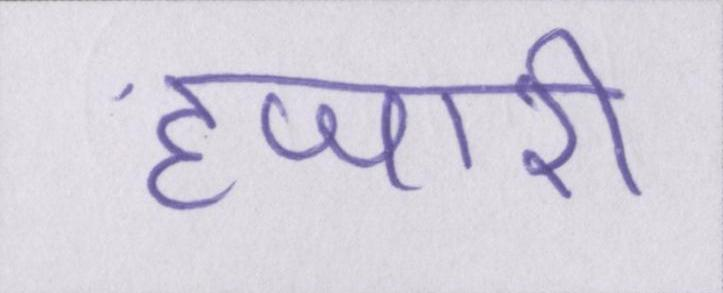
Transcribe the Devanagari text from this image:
हजारी